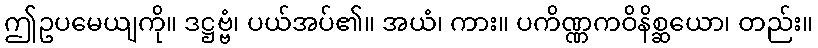
ဤဥပမေယျကို။ ဒဋ္ဌဗ္ဗံ၊ ပယ်အပ်၏။ အယံ၊ ကား။ ပကိဏ္ဏကဝိနိစ္ဆယော၊ တည်း။